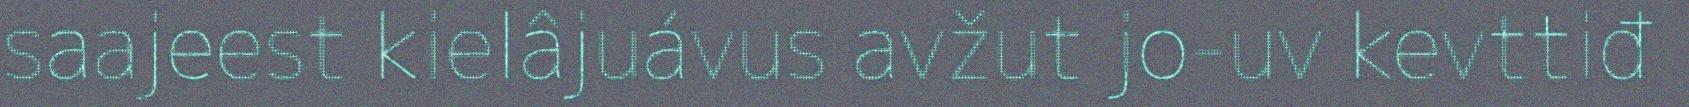
saajeest kielâjuávus avžut jo-uv kevttiđ